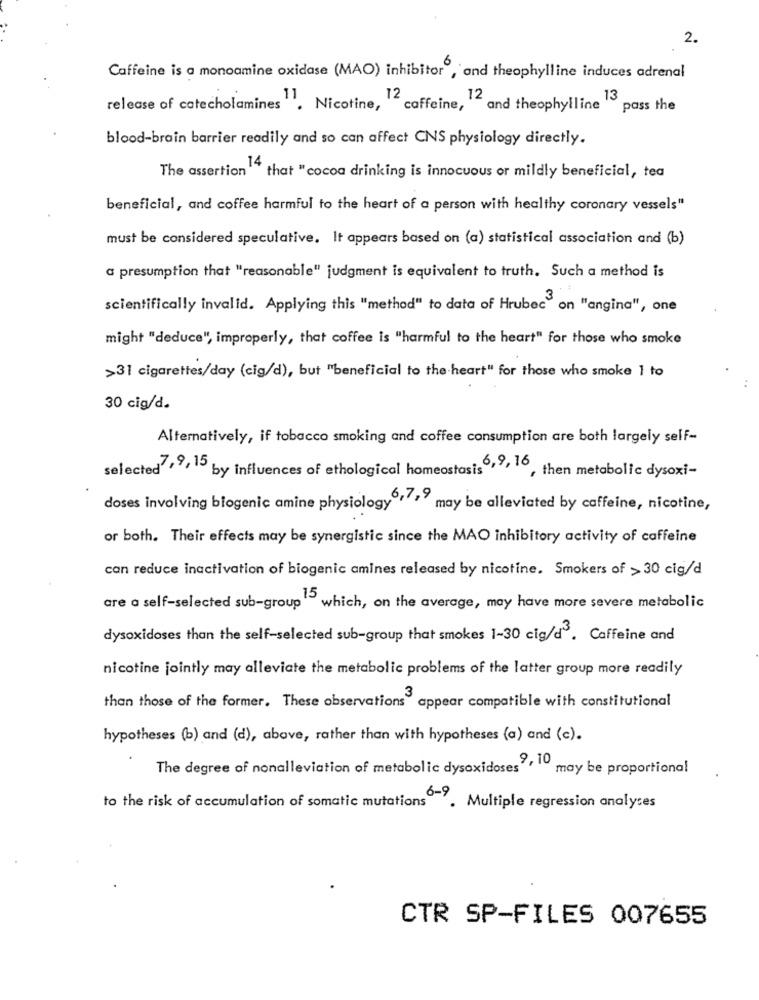
2.
Caffeine is a monoamine oxidase (MAO) inhibitor , and theophylline induces adrenal
release of catecholamines ". Nicotine, "
12 caffeine, 12
.12 and theophylline 13
pass the
blood-brain barrier readily and so can affect CNS physiology directly.
The assertion "" that "cocoa drinking is innocuous or mildly beneficial, tea
beneficial, and coffee harmful to the heart of a person with healthy coronary vessels"
must be considered speculative. It appears based on (a) statistical association and (b)
" presumption that "reasonable" judgment is equivalent to truth. Such a method is
scientifically invalid. Applying this "method" to data of Hrubec" on "angina", one
might "deduce", improperly, that coffee is "harmful to the heart" for those who smoke
>31 cigarettes/day (cig/d), but "beneficial to the heart" for those who smoke 1 to
30 cig/d.
Alternatively, if tobacco smoking and coffee consumption are both largely self-
selected ,9,15
by influences of ethological homeostasis6,9, 16
, then metabolic dysoxi-
doses involving biogenic amine physiology6,7,9
may be alleviated by caffeine, nicotine,
or both. Their effects may be synergistic since the MAO inhibitory activity of caffeine
can reduce inactivation of biogenic amines released by nicotine. Smokers of > 30 cig/d
are a self-selected sub-group " which, on the average, may have more severe metabolic
dysoxidoses than the self-selected sub-group that smokes 1-30 cig/d. Caffeine and
nicotine jointly may alleviate the metabolic problems of the latter group more readily
than those of the former. These observations" appear compatible with constitutional
hypotheses (b) and (d), above, rather than with hypotheses (a) and (c).
The degree of nonalleviation of metabolic dysoxidoses may be proportional
to the risk of accumulation of somatic mutations
6-9. Multiple regression analyses
CTR SP-FILES 007655